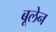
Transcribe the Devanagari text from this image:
बूलेन